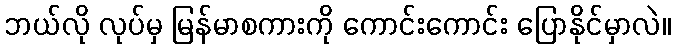
ဘယ်လို လုပ်မှ မြန်မာစကားကို ကောင်းကောင်း ပြောနိုင်မှာလဲ။